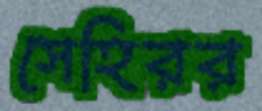
সেহিরর